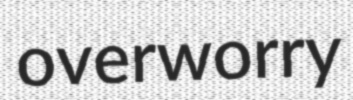
overworry